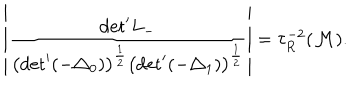
\left| \frac { \mathrm { d e t } ^ { \prime } L _ { - } } { \left( \mathrm { d e t } ^ { \prime } ( - { \triangle } _ { 0 } ) \right) ^ { \frac { 1 } { 2 } } \left( \mathrm { d e t } ^ { \prime } ( - { \triangle } _ { 1 } ) \right) ^ { \frac { 1 } { 2 } } } \right| = { \tau } _ { R } ^ { - 2 } ( { \cal M } ) .